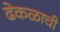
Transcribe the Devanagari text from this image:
ढेकळाची